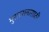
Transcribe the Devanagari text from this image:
मुराररावासाठी